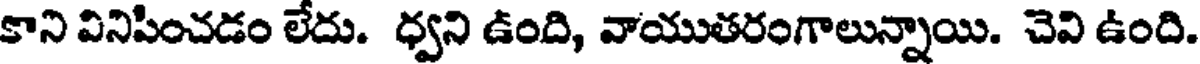
కాని వినిపించడం లేదు. ధ్వని ఉంది, వాయుతరంగాలున్నాయి. చెవి ఉంది.